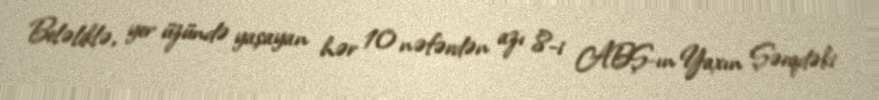
Beləliklə, yer üzündə yaşayan hər 10 nəfərdən azı 8-i ABŞ-ın Yaxın Şərqdəki